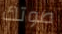
صوتك